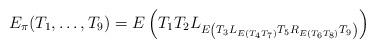
LaTeX: \begin{align*}E_\pi(T_1, \ldots, T_9) = E\left(T_1T_2 L_{E\left(T_3 L_{E(T_4T_7)} T_5 R_{E(T_6T_8)} T_9 \right)} \right)\end{align*}